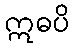
ဣဓပိ